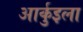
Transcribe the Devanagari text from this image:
आर्कुइला